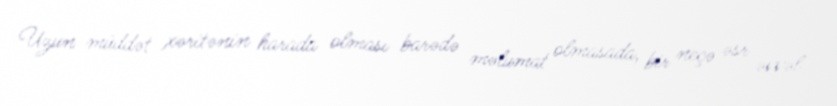
Uzun müddət xəritənin harada olması barədə məlumat olmasada, bir neçə əsr əvvəl